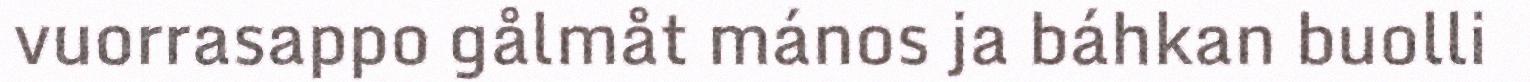
vuorrasappo gålmåt mános ja báhkan buolli